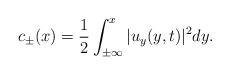
LaTeX: \begin{align*}c_\pm(x)=\frac{1}{2}\int_{\pm\infty}^x|u_y(y,t)|^2dy. \end{align*}